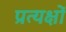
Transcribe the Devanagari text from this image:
प्रत्यक्षों